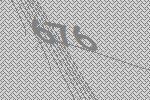
676